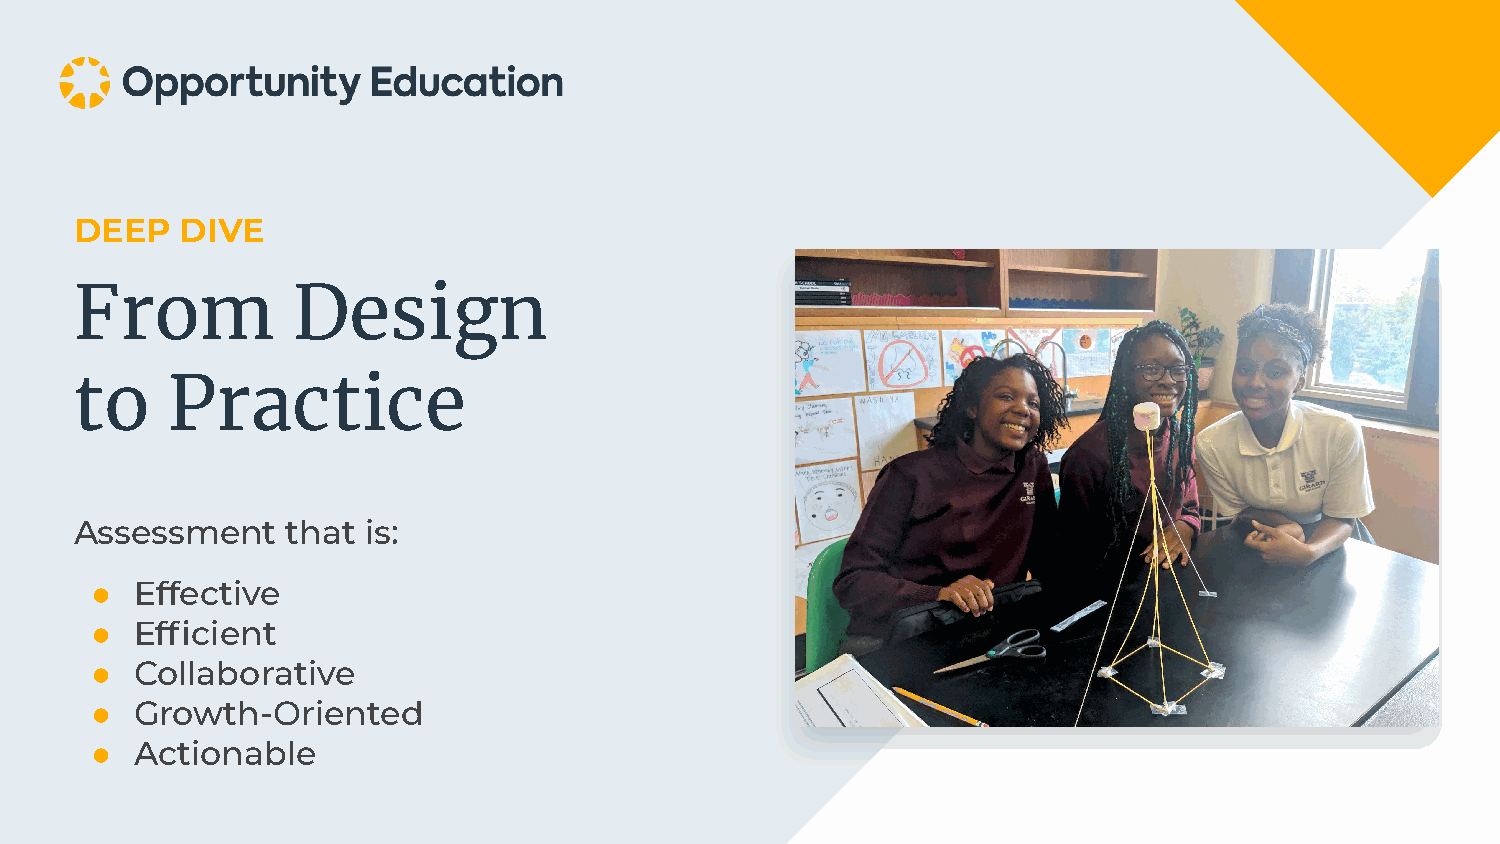
DEEP   DIVE
 From          Design
 to    Practice
 Assessment    that is:
 ●  Effective
 ●  Efficient
 ●  Collaborative
 ●  Growth-Oriented
 ●  Actionable